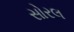
સોરલ